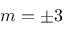
m = \pm 3